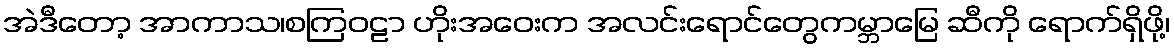
အဲဒီတော့ အာကာသ၊စကြဝဠာ ဟိုးအဝေးက အလင်းရောင်တွေကမ္ဘာမြေ ဆီကို ရောက်ရှိဖို့၊